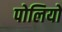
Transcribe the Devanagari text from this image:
पोलियों